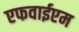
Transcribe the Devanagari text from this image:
एफवाईएम